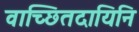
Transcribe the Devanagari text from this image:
वाच्छितदायिनि